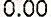
0.00